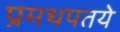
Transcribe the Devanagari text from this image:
प्रमथपतये